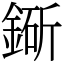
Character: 䤺